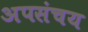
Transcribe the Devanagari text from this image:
अपसंचय